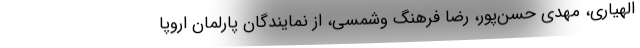
الهیاری، مهدی حسن‌پور، رضا فرهنگ وشمسی، از نمایندگان پارلمان اروپا